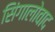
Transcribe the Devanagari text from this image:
सिंगालोवाद